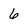
Character: 6